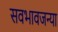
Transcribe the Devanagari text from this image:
सवभावजन्या